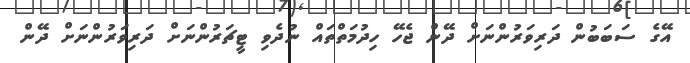
އޭގެ ސަބަބުން ދަރިވަރުންނަށް ދޭން ޖެހޭ ހިދުމަތްތައް ނުދެވި ޓީޗަރުންނަށް ދަރިވަރުންނަށް ދޭން